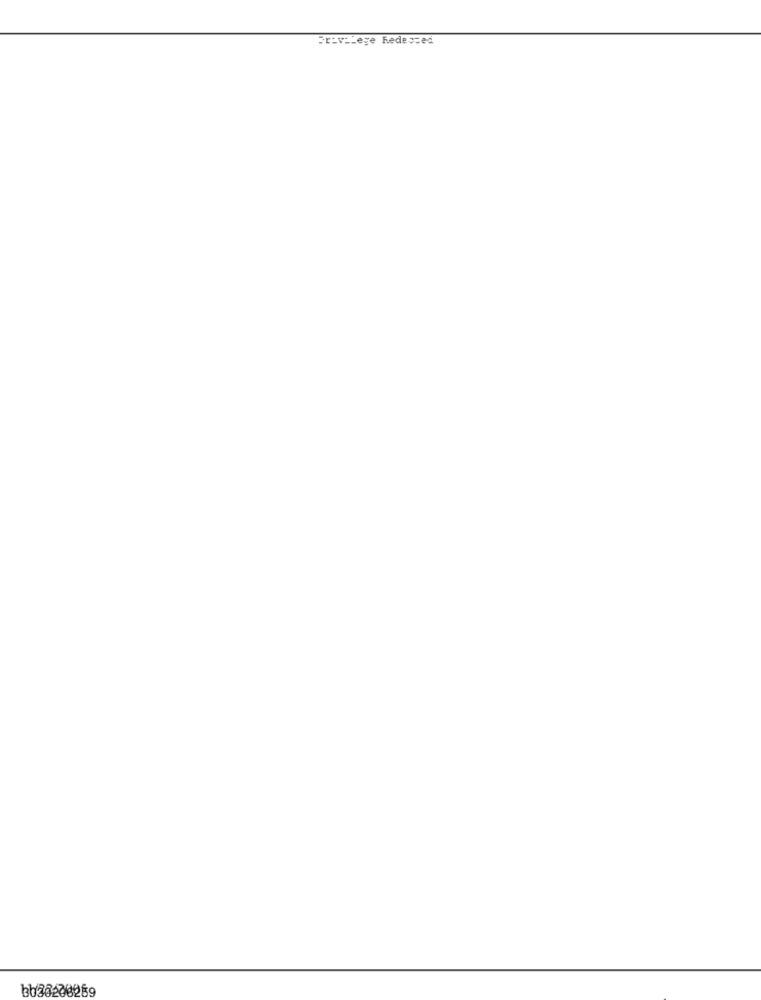
Pr:valege Redessed
bb26288259